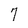
Character: 7